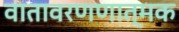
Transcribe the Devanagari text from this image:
वातावरणणात्मक